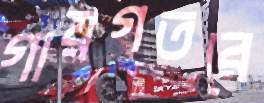
গায়গতরে